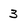
Character: 3